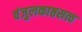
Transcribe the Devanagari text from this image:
वंजुलकाष्ठसत्व